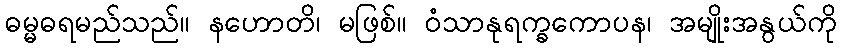
ဓမ္မဓရမည်သည်။ နဟောတိ၊ မဖြစ်။ ဝံသာနုရက္ခကောပန၊ အမျိုးအနွယ်ကို